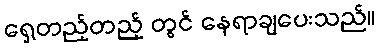
ရှေ့တည့်တည့် တွင် နေရာချပေးသည်။